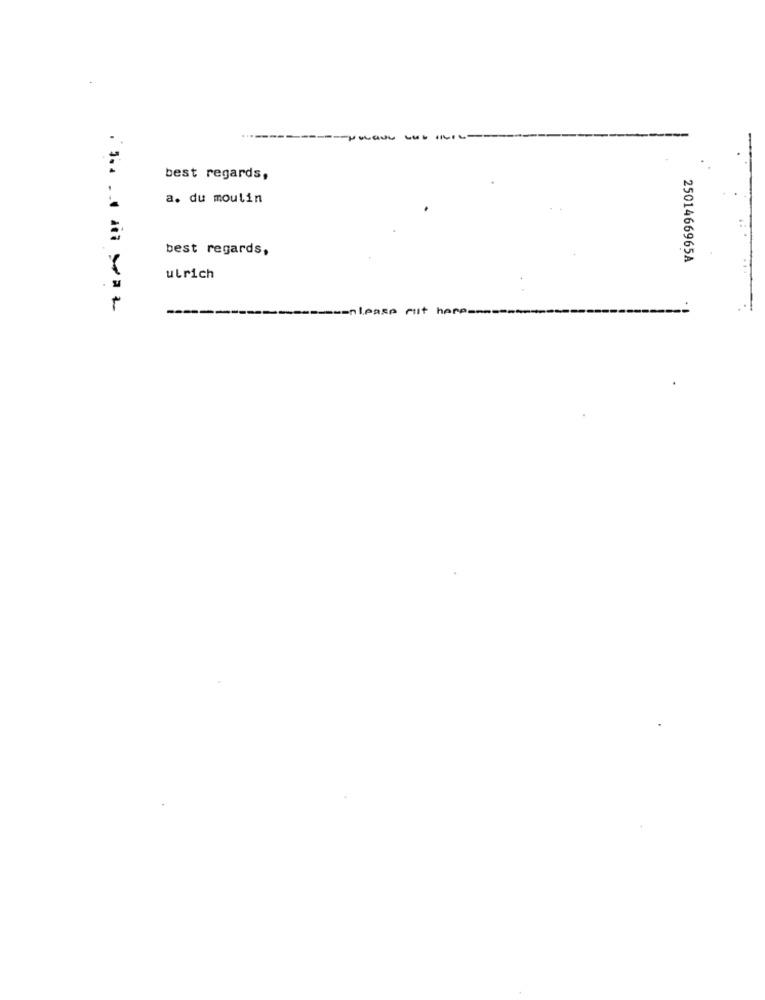
-
best regards,
a. du moulin
best regards,
2501466965A
ulrich
-----
---
----
-wanleasp mit here-